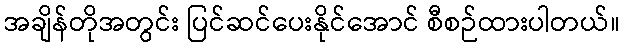
အချိန်တိုအတွင်း ပြင်ဆင်ပေးနိုင်အောင် စီစဉ်ထားပါတယ်။